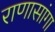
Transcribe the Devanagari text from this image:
राणासांगा